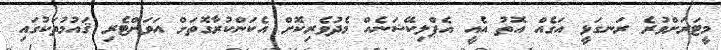
މީޓަރަށްވުރެ ރަނގަޅީ އަގެއް އޮތު އެއީ އެޕްލިކޭޝަނެއް މެދުވެރިކޮށް އެކަންކުރާގޮތަށް އަވަށްޓެރި ޤައުމުތަކުގައި